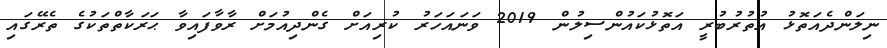
ނިލަންދެއަތޮޅު އުތުރުބުރީ އަތޮޅުކައުންސިލުން 2019 ވަނައަހަރު ކުރިއަށް ގެންދިއުމަށް ރާވާފައިވާ ޙަރަކާތްތަކުގެ ތެރޭގައި